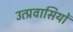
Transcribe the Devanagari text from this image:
उत्प्रवासियों